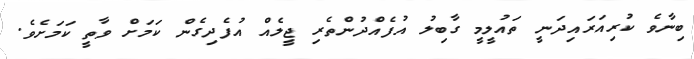
ބިނާވެ ކުރިއަރައިދަނީ ތައުލީމީ ގާބިލު އުފެއްދުންތެރި ޖީލެއް އުފެދިގެން ކަމަށް ވާތީ ކަމަށެވެ.